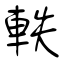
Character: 軼